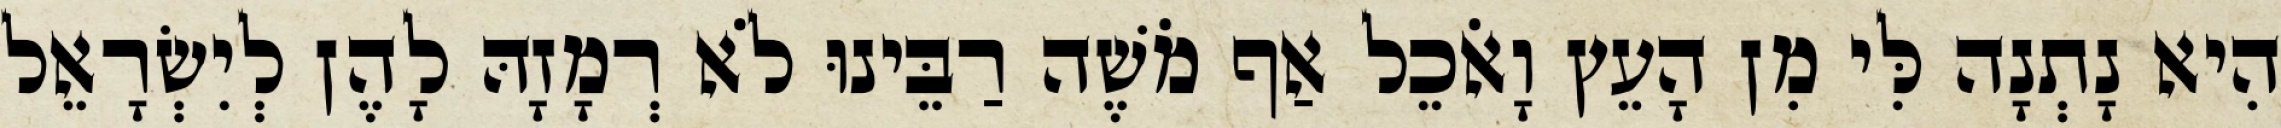
הִיא נָתְנָה לִּי מִן הָעֵץ וָאֹכֵל אַף מֹשֶׁה רַבֵּינוּ לֹא רְמָזָהּ לָהֶן לְיִשְׂרָאֵל